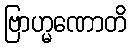
ဗြာဟ္မဏောတိ